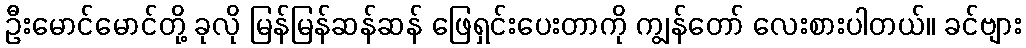
ဦးမောင်မောင်တို့ ခုလို မြန်မြန်ဆန်ဆန် ဖြေရှင်းပေးတာကို ကျွန်တော် လေးစားပါတယ်။ ခင်ဗျား